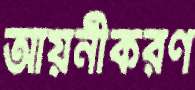
আয়নীকরণ